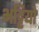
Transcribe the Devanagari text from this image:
भट्टियो